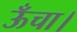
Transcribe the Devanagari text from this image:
ऊँचा।